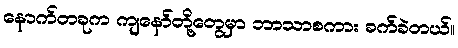
နောက်တခုက ကျနော်တို့တွေမှာ ဘာသာစကား ခက်ခဲတယ်။